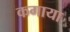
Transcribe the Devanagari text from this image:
कगाया